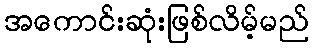
အကောင်းဆုံးဖြစ်လိမ့်မည်